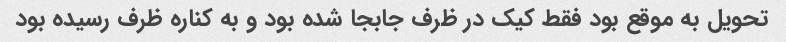
تحویل به موقع بود فقط کیک در ظرف جابجا شده بود و به کناره ظرف رسیده بود